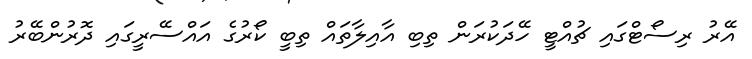
އޭރު ރިސޯޓްގައި ޗުއްޓީ ހޭދަކުރަން ތިބި އާއިލާތައް ތިބީ ކޯރުގެ އައްސޭރީގައި ދޮރުންބޭރު